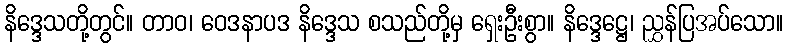
နိဒ္ဒေသတို့တွင်။ တာဝ၊ ဝေဒနာပဒ နိဒ္ဒေသ စသည်တို့မှ ရှေးဦးစွာ။ နိဒ္ဒေဋ္ဌေ၊ ညွှန်ပြအပ်သော။